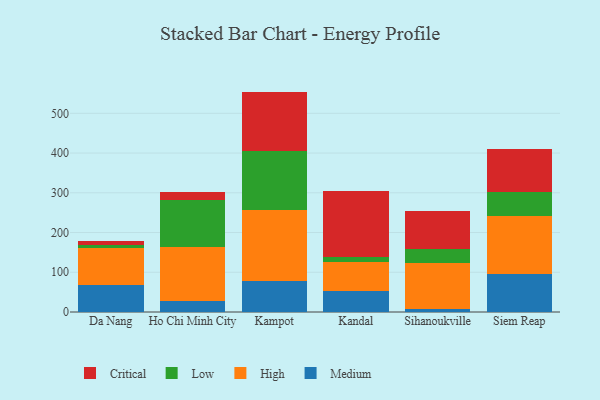
{"axis": {"x": "City", "y": "Churn Rate (%)"}, "legend": ["Critical", "High", "Low", "Medium"], "data": [{"x": "Da Nang", "y": 69.0, "type": "Medium"}, {"x": "Da Nang", "y": 91.8, "type": "High"}, {"x": "Da Nang", "y": 8.9, "type": "Low"}, {"x": "Da Nang", "y": 9.3, "type": "Critical"}, {"x": "Ho Chi Minh City", "y": 27.2, "type": "Medium"}, {"x": "Ho Chi Minh City", "y": 136.9, "type": "High"}, {"x": "Ho Chi Minh City", "y": 117.3, "type": "Low"}, {"x": "Ho Chi Minh City", "y": 21.2, "type": "Critical"}, {"x": "Kampot", "y": 77.4, "type": "Medium"}, {"x": "Kampot", "y": 179.8, "type": "High"}, {"x": "Kampot", "y": 148.9, "type": "Low"}, {"x": "Kampot", "y": 148.5, "type": "Critical"}, {"x": "Kandal", "y": 52.1, "type": "Medium"}, {"x": "Kandal", "y": 74.2, "type": "High"}, {"x": "Kandal", "y": 13.3, "type": "Low"}, {"x": "Kandal", "y": 165.1, "type": "Critical"}, {"x": "Sihanoukville", "y": 8.7, "type": "Medium"}, {"x": "Sihanoukville", "y": 114.1, "type": "High"}, {"x": "Sihanoukville", "y": 35.0, "type": "Low"}, {"x": "Sihanoukville", "y": 96.5, "type": "Critical"}, {"x": "Siem Reap", "y": 96.4, "type": "Medium"}, {"x": "Siem Reap", "y": 144.3, "type": "High"}, {"x": "Siem Reap", "y": 62.0, "type": "Low"}, {"x": "Siem Reap", "y": 107.3, "type": "Critical"}]}